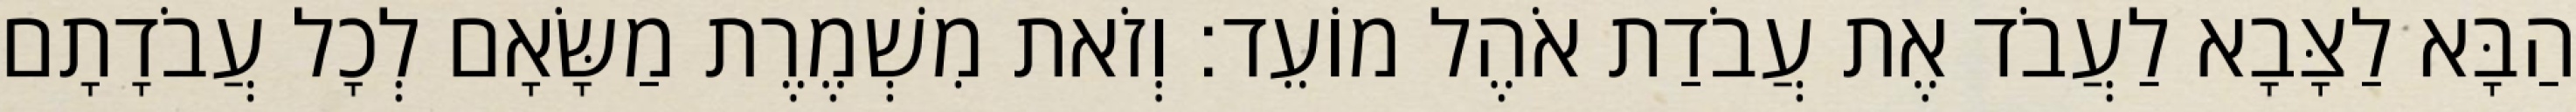
הַבָּא לַצָּבָא לַעֲבֹד אֶת עֲבֹדַת אֹהֶל מוֹעֵד׃ וְזֹאת מִשְׁמֶרֶת מַשָּׂאָם לְכָל עֲבֹדָתָם